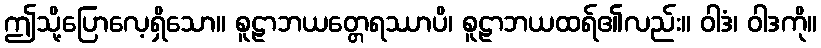
ဤသို့ပြောလေ့ရှိသော။ စူဠာဘယတ္တေရဿာပိ၊ စူဠာဘယထရ်၏လည်း။ ဝါဒံ၊ ဝါဒကို။